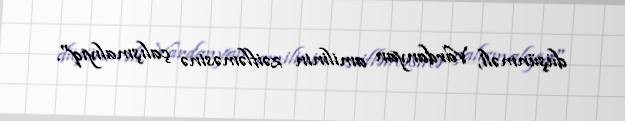
düşünməli, Vardanyan amilinin zəifləməsinə çalışmalıyıq".